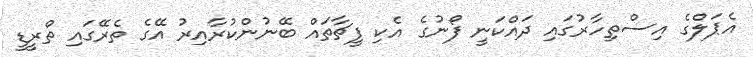
އެޕަލްގެ އިސްތިހާރުގައި ދައްކަނީ ފޯނުގެ އެކި ފީޗާތައް ބޭނުންކުރާއިރު އޭގެ ތެރޭގައި ތްރީޑީ